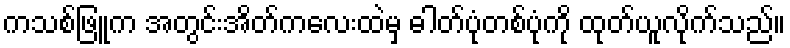
ကသစ်ဖြူက အတွင်းအိတ်ကလေးထဲမှ ဓါတ်ပုံတစ်ပုံကို ထုတ်ယူလိုက်သည်။